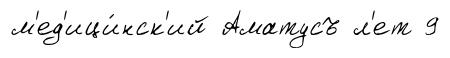
м'ед'ици́нск'ий Аматусъ л'ет 9